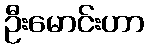
ဦးမောင်းဟာ